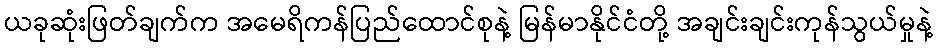
ယခုဆုံးဖြတ်ချက်က အမေရိကန်ပြည်ထောင်စုနဲ့ မြန်မာနိုင်ငံတို့ အချင်းချင်းကုန်သွယ်မှုနဲ့